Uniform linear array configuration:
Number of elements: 16
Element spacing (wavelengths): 0.75
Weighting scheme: uniform
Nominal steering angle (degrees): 15
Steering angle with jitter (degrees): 14.449
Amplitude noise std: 0.05
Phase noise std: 0.05

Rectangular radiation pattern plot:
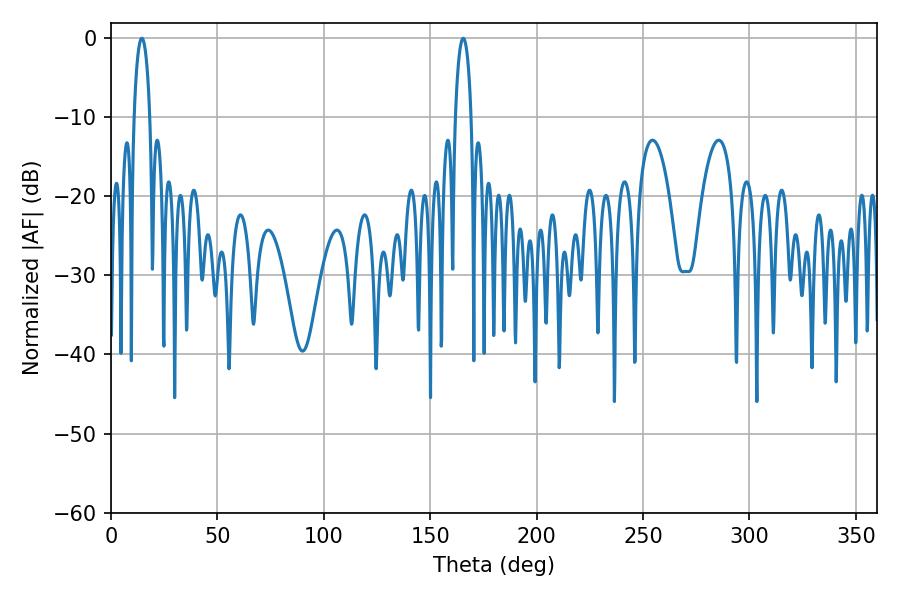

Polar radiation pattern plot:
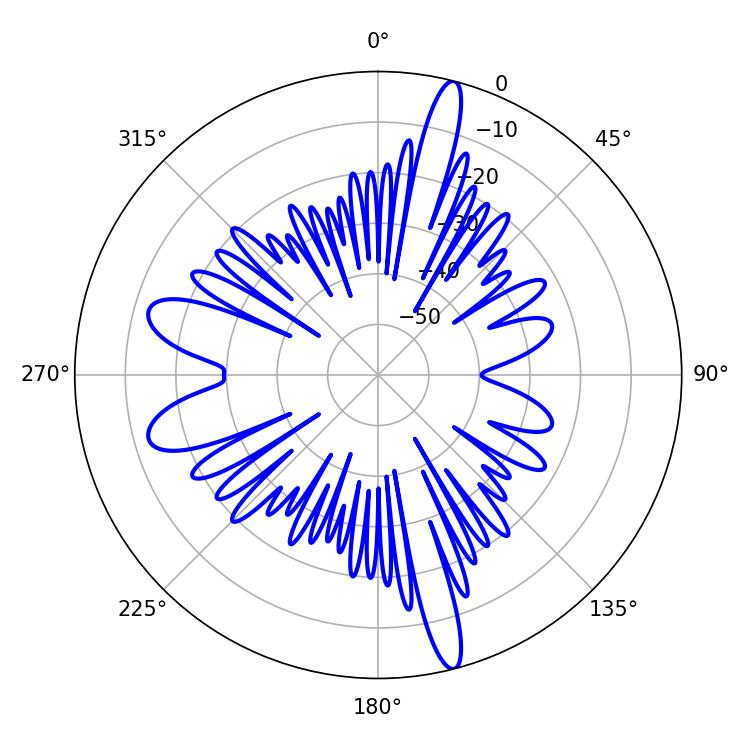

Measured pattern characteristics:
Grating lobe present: TRUE
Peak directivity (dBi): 19.221
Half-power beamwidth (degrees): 4.14
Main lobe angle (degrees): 165.6